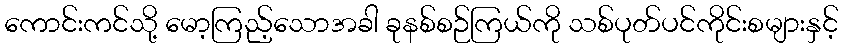
ကောင်းကင်သို့ မော့ကြည့်သောအခါ ခုနစ်စဉ်ကြယ်ကို သစ်ပုတ်ပင်ကိုင်းစများနှင့်